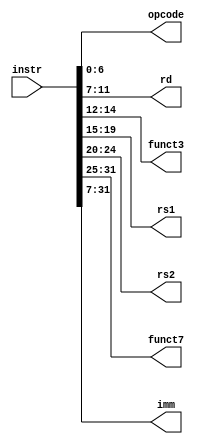
`timescale 1ns / 1ps
//////////////////////////////////////////////////////////////////////////////////
// Company: 
// Engineer: 
// 
// Design Name: 
// Module Name: instruction_fetch
// Project Name: 
// Target Devices: 
// Tool Versions: 
// Description: 
// 
// Dependencies: 
// 
// Revision:
// Revision 0.01 - File Created
// Additional Comments:
// 
//////////////////////////////////////////////////////////////////////////////////


module instruction_fetch(
		output [6:0] opcode, 
		output [11:7] rd, 
		output [14:12] funct3,
		output [19:15] rs1,
		output [24:20] rs2,
		output [31:25] funct7,
		output [31:7] imm,
		input [31:0] instr);
		
	assign opcode = instr[6:0];
	assign rd = instr[11:7];
	assign funct3 = instr[14:12];
	assign rs1 = instr[19:15];
	assign rs2 = instr[24:20];
	assign funct7 = instr[31:25];
	assign imm = instr[31:7];
	
endmodule